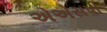
એએસપી